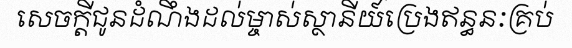
សេចក្តីជូនដំណឹងដល់ម្ចាស់ស្ថានីយ៍ប្រេងឥន្ធនៈគ្រប់